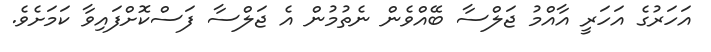
އަހަރުގެ އަހަރީ އާއްމު ޖަލްސާ ބޭއްވެން ނެތުމުން އެ ޖަލްސާ ފަސްކޮށްފައިވާ ކަމަށެވެ.